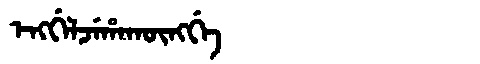
Manchu: ᡝᠩᡤᡝᠯᠵᡝᡥᠠᡴᡡᠩᡤᡝ
Romanization: ENGGELJEHAKŪNGGE